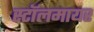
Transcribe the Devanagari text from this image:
स्टॉलमायर